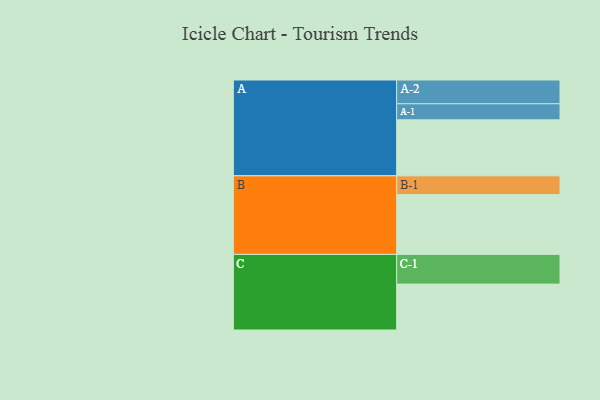
{"axis": {"x": "Segment", "y": "Value"}, "legend": ["", "A", "B", "C"], "data": [{"x": "A", "y": 471, "type": ""}, {"x": "B", "y": 503, "type": ""}, {"x": "C", "y": 386, "type": ""}, {"x": "A-1", "y": 135, "type": "A"}, {"x": "A-2", "y": 200, "type": "A"}, {"x": "B-1", "y": 158, "type": "B"}, {"x": "C-1", "y": 250, "type": "C"}]}